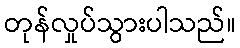
တုန်လှုပ်သွားပါသည်။